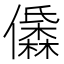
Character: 𱏝